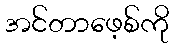
အင်တာဖေ့စ်ကို